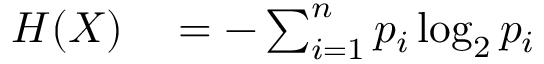
\begin{array} { r l } { H ( X ) } & { { } = - \sum _ { i = 1 } ^ { n } p _ { i } \log _ { 2 } p _ { i } } \end{array}